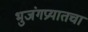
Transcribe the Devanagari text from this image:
भुजंगप्रयातचा